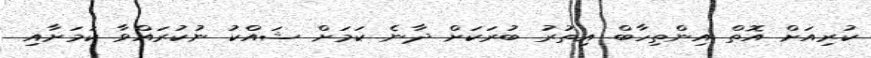
ކުރިއަށް އޮތް އިންތިހާބް އިތުރު ބުރަކަށް ދާނެ ކަމަށް ޝައްކު ނުކުރައްވާ ކަމަށާއި